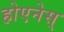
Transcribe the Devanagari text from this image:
होएनेस्